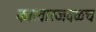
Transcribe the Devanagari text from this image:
कारवारजवळच